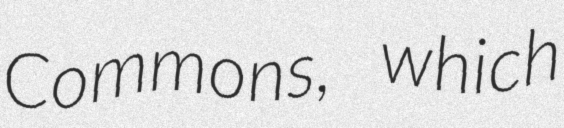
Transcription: Commons, which